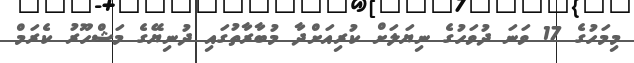
މިމަހުގެ 17 ވަނަ ދުވަހުގެ ނިޔަލަށް ކުރިއަށްދާ މުބާރާތުގައި ދުނިޔޭގެ މަޝްހޫރު ކެރަމް